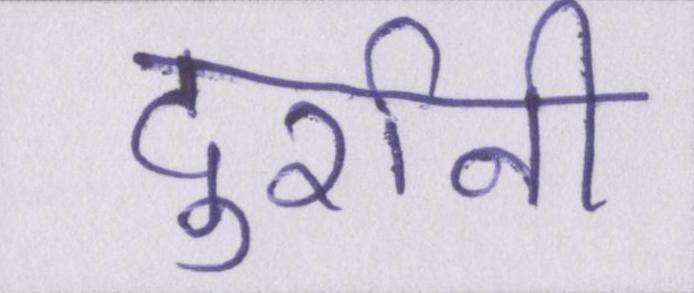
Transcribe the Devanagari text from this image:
दुर्रानी